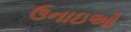
ઉનાઇઓ